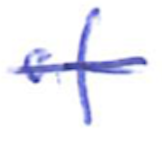
Text: of
Cross-out: single-line
Writing tool: ballpoint